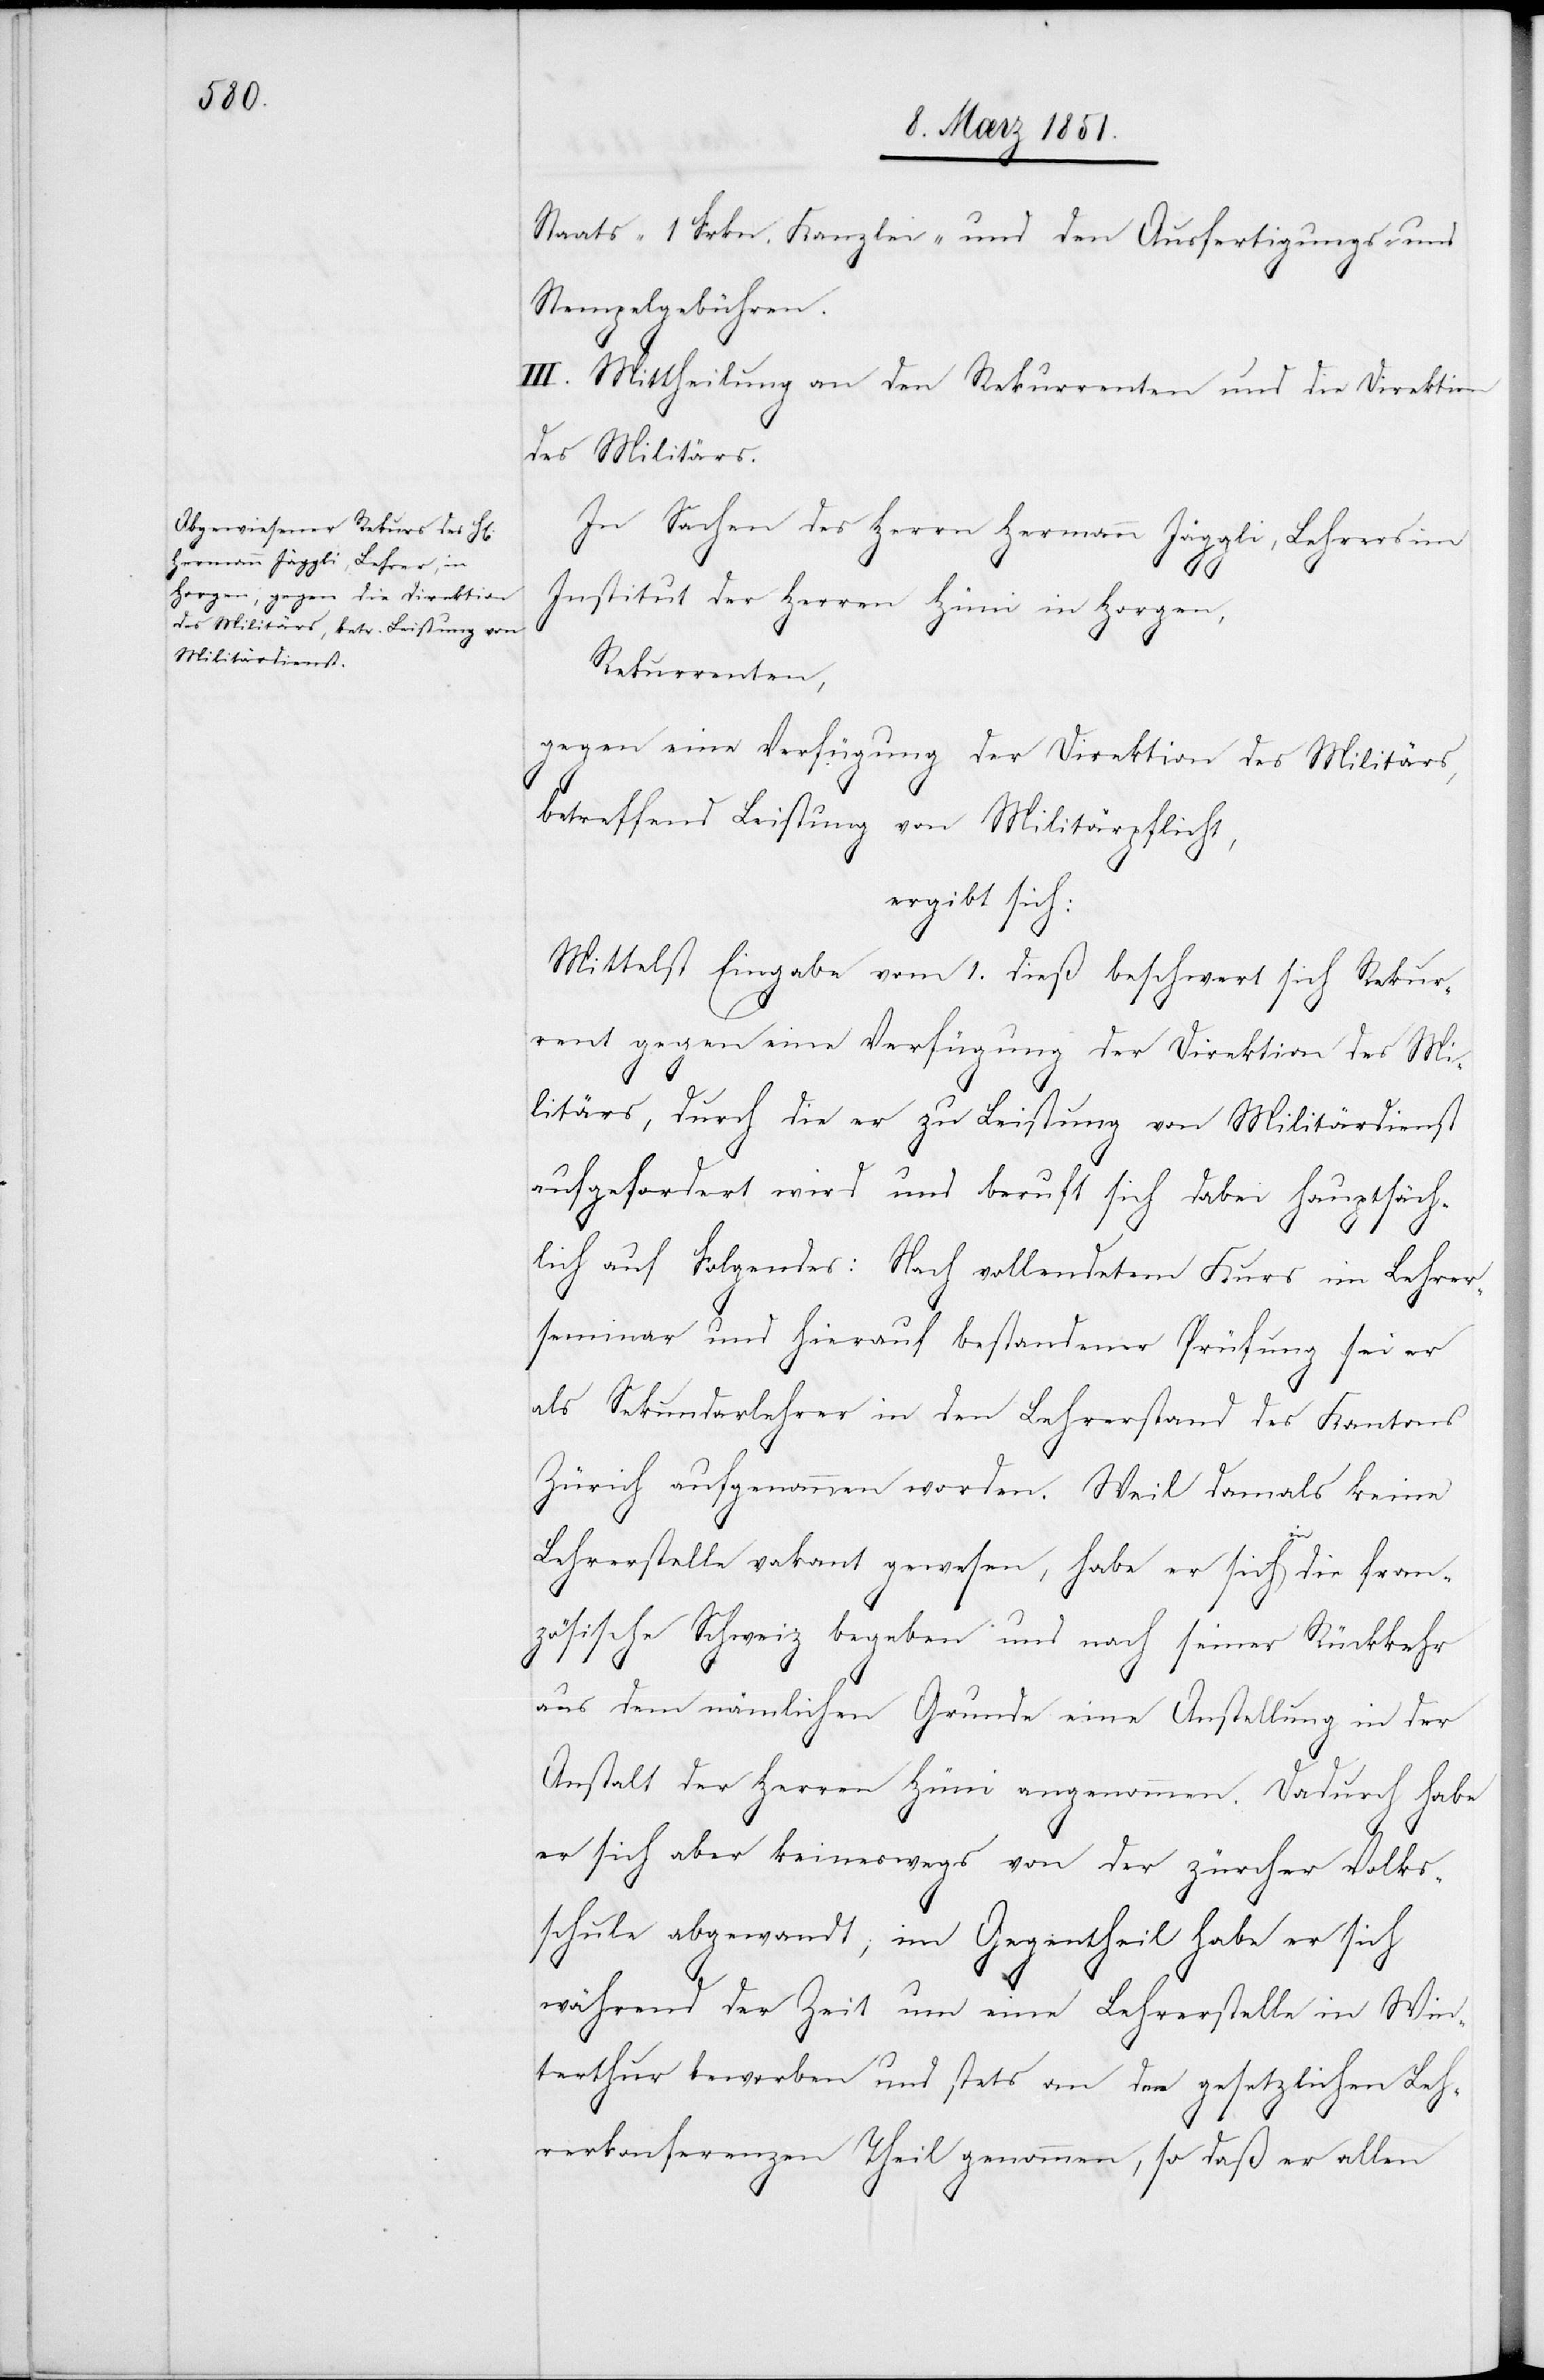
Staats-[,] 1 Frkn. Kanzlei- und den Ausfertigungs- und
Stempelgebühren.
III. Mittheilung an den Rekurrenten und die Direktion
des Militärs.
In Sachen des Herrn Hermann Jäggli, Lehrers im
Institut der Herren Hüni in Horgen,
Rekurrenten,
gegen eine Verfügung der Direktion des Militärs,
betreffend Leistung von Militärpflicht,
ergibt sich:
Mittelst Eingabe vom 1. dieß beschwert sich Rekur¬
rent gegen eine Verfügung der Direktion des Mi¬
litärs, durch die er zu Leistung von Militärdienst
aufgefordert wird und beruft sich dabei hauptsäch¬
lich auf Folgendes: Nach vollendetem Kurs im Lehrer¬
seminar und hierauf bestandener Prüfung sei er
als Sekundarlehrer in den Lehrerstand des Kantons
Zürich aufgenommen worden. Weil damals keine
Lehrerstelle vakant gewesen, habe er sich in die fran¬
zösische Schweiz begeben und nach seiner Rückkehr
aus dem nämlichen Grunde eine Anstellung in der
Anstalt der Herren Hüni angenommen. Dadurch habe
er sich aber keineswegs von der zürcher Volks¬
schule abgewandt; im Gegentheil habe er sich
während der Zeit um eine Lehrerstelle in Win¬
terthur beworben und stets an den gesetzlichen Leh¬
rerkonferenzen Theil genommen, so daß er allen